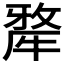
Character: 𤛆